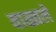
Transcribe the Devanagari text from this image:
वाळ्वले